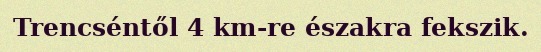
Trencséntől 4 km-re északra fekszik.